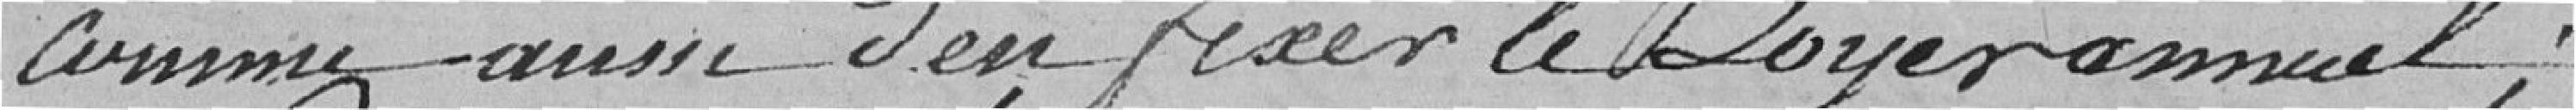
comme aussi d'en fixer le Loyer annuel ;